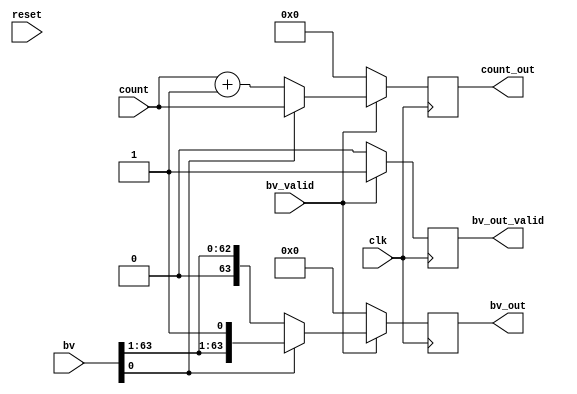
//
//  bv_count module
//
//  bv2.0_programmable
//
//  Created by LiJunnan on 16/9/16.
//  Copyright (c) 2016year LiJunnan. All rights reserved.


`timescale 1ns/1ps


module bv_count(
reset,
clk,
bv_valid,
bv,
count,
bv_out_valid,
bv_out,
count_out
);

parameter width       = 64;
parameter width_count = 6;
parameter stage       = 1;
parameter range_end   = 1;


input reset;
input clk;
input bv_valid;
input [width-1:0] bv;
input [width_count-1:0] count;

output  reg bv_out_valid;
output  reg [width-1:0] bv_out;
output  reg [width_count-1:0] count_out;



always @ (posedge clk)begin
    if(bv_valid == 1'b1)begin
        bv_out_valid <= 1'b1;
        if(bv[range_end-1:0])begin
            bv_out <= bv;
            count_out <= count;
          end
        else begin
            bv_out <= bv >> range_end;
            count_out <= count + range_end;
          end
    end
    else begin
        bv_out_valid <= 1'b0;
        bv_out <= {width{1'b0}};
        count_out <= {width_count{1'b0}};
      end
end














endmodule